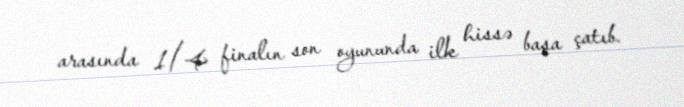
arasında 1/4 finalın son oyununda ilk hissə başa çatıb.